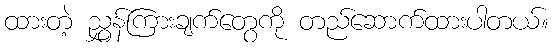
ထားတဲ့ ညွှန်ကြားချက်တွေကို တည်ဆောက်ထားပါတယ်။